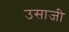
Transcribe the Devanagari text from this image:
उसाजी